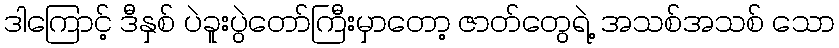
ဒါကြောင့် ဒီနှစ် ပဲခူးပွဲတော်ကြီးမှာတော့ ဇာတ်တွေရဲ့ အသစ်အသစ် သော